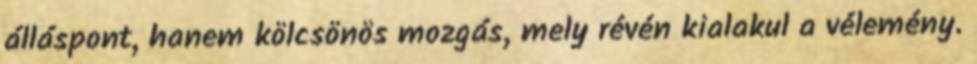
álláspont, hanem kölcsönös mozgás, mely révén kialakul a vélemény.